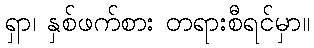
ရှာ၊ နှစ်ဖက်စား တရားစီရင်မှာ။